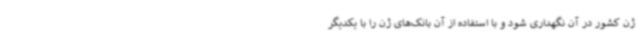
ژن کشور در آن نگهداری شود و با استفاده از آن بانک‌های ژن را با یکدیگر